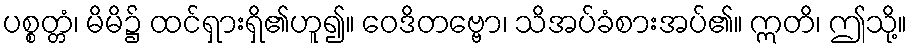
ပစ္စတ္တံ၊ မိမိ၌ ထင်ရှားရှိ၏ဟူ၍။ ဝေဒိတဗ္ဗော၊ သိအပ်ခံစားအပ်၏။ ဣတိ၊ ဤသို့။